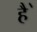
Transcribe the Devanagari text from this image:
है॓